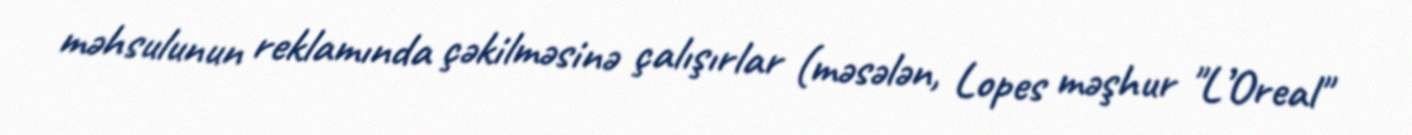
məhsulunun reklamında çəkilməsinə çalışırlar (məsələn, Lopes məşhur "L’Oreal"